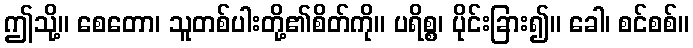
ဤသို့။ စေတော၊ သူတစ်ပါးတို့၏စိတ်ကို။ ပရိစ္စ၊ ပိုင်းခြား၍။ ခေါ၊ စင်စစ်။